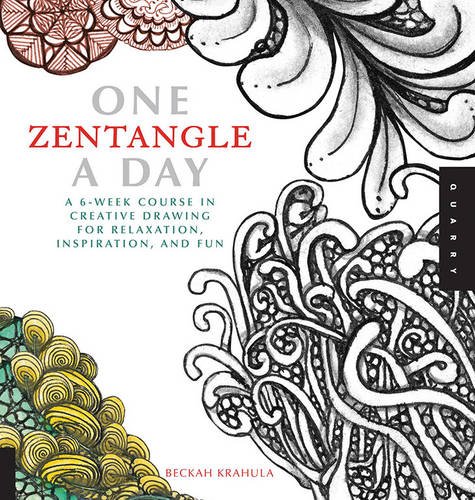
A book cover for One Zentangle A Day: A 6-Week Course in Creative Drawing for Relaxation, Inspiration, and Fun (One A Day); Beckah Krahula; Arts & Photography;